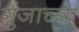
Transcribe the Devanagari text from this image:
गुंजाच्या